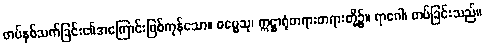
တပ်နှစ်သက်ခြင်း၏အကြောင်းဖြစ်ကုန်သော။ ဓမ္မေသု၊ ဣဋ္ဌာရုံတရားတရားတို့၌။ ရာဂေါ၊ တပ်ခြင်းသည်။